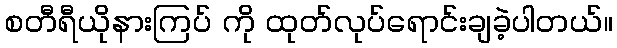
စတီရီယိုနားကြပ် ကို ထုတ်လုပ်ရောင်းချခဲ့ပါတယ်။